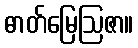
ဓာတ်မြေဩဇာ။